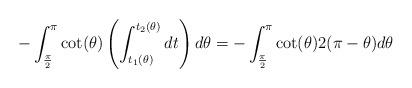
LaTeX: \begin{align*} -\int_{\frac{\pi}{2}}^{\pi} \cot(\theta)\left(\int_{t_{1}(\theta)}^{t_{2}(\theta)} dt\right) d\theta = -\int_{\frac{\pi}{2}}^{\pi}\cot(\theta) 2(\pi -\theta) d\theta\end{align*}